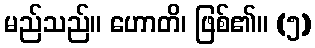
မည်သည်။ ဟောတိ၊ ဖြစ်၏။ (၅)